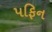
પફિન